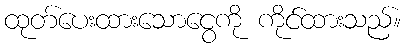
ထုတ်ပေးထားသောငွေကို ကိုင်ထားသည်။